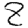
Digit: 8